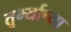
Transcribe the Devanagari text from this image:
तुर्भ्याच्या